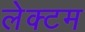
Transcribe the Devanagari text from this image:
लेक्टम